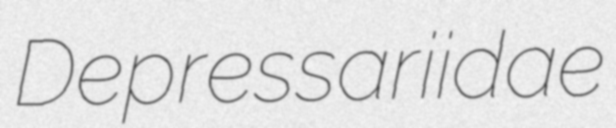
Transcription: Depressariidae